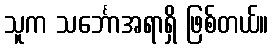
သူက သင်္ဘောအရာရှိ ဖြစ်တယ်။